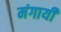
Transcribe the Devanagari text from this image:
मंगायीं